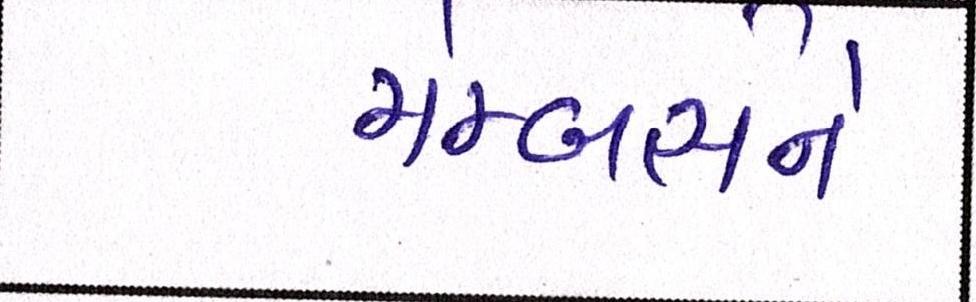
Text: મેમ્બર્સને